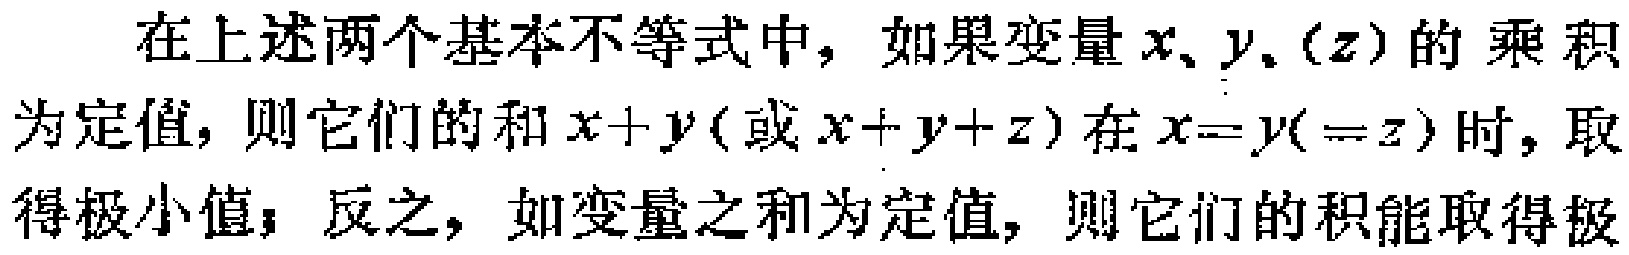
在上述两个基本不等式中，如果变量\(x、y、(z)\)的乘积为定值，则它们的和\(x + y(\text{或 }x + y + z)\)在\(x = y( = z)\)时，取得极小值；反之，如变量之和为定值，则它们的积能取得极